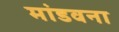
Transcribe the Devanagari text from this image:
मांडवना